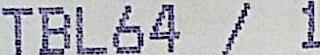
TBL64 / 1